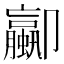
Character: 𫨁